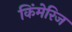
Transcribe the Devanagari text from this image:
किंमेरिज